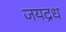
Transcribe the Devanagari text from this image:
जयद्रध